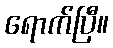
ရောက်ပြီ။